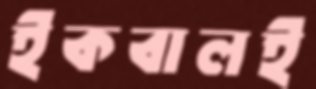
ইকবালই